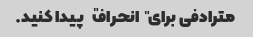
مترادفی برای "انحراف" پیدا کنید.